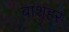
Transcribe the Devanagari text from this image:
बाशहर